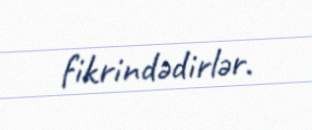
fikrindədirlər.